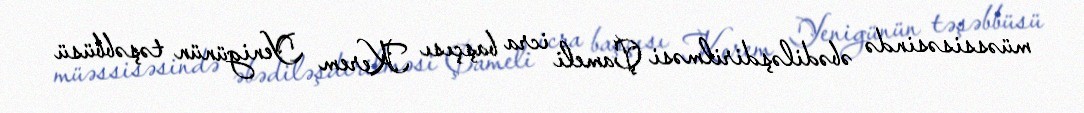
müəssisəsində əbədiləşdirilməsi Çameli icra başçısı Kerem Yenigünün təşəbbüsü